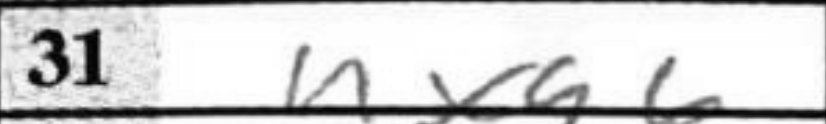
Transcription: hxg6